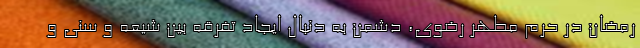
رمضان در حرم مطهر رضوی، دشمن به دنبال ایجاد تفرقه بین شیعه و سنی و